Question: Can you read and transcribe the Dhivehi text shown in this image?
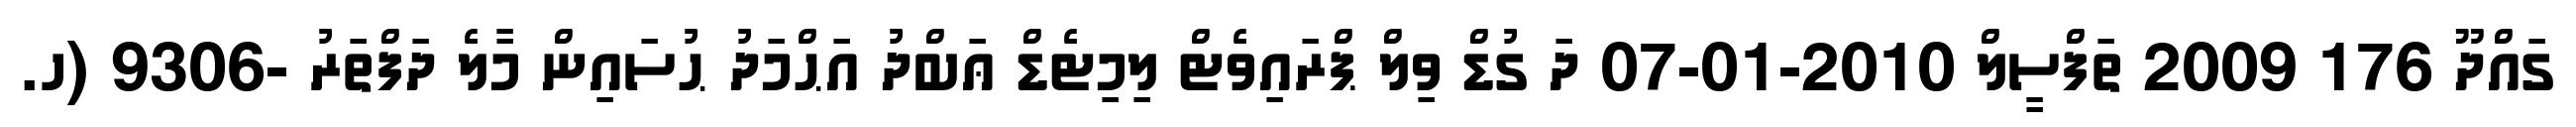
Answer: ގައްދޫ 176 2009 ތަފްސީލް 2010-01-07 ދަ ގުޑް ވިލް ޕްރައިވެޓް ލިމިޓެޑް ޢަބްދު އަޙްމަދު ޙުސައިން މާލެ ދަފްތަރު -9306 (ހ.